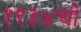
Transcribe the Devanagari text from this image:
१९३४ची